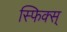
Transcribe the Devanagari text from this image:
स्फिक्स्